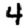
Digit: 4